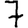
Digit: 7